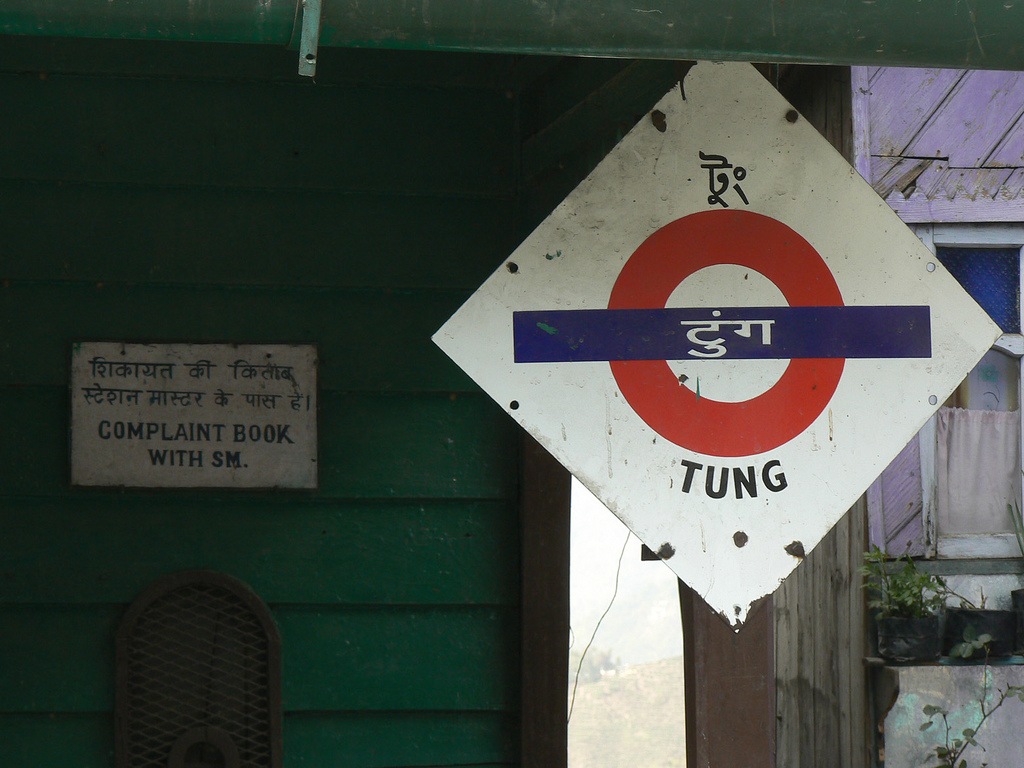
Language: hindi
Transcription: स्टेशन टुंग की किताब मास्टर के पास शिकायत है !